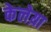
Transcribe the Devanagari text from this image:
केलेय़ा